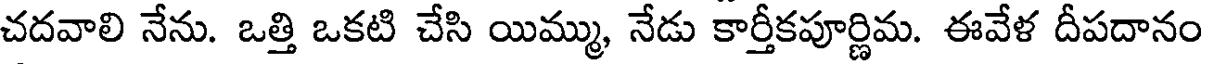
చదవాలి నేను. ఒత్తి ఒకటి చేసి యిమ్ము, నేడు కార్తీకపూర్ణిమ. ఈవేళ దీపదానం